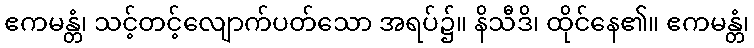
ဧကမန္တံ၊ သင့်တင့်လျောက်ပတ်သော အရပ်၌။ နိသီဒိ၊ ထိုင်နေ၏။ ဧကမန္တံ၊